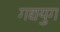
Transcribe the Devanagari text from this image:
गद्ययुग